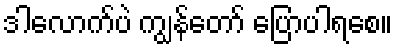
ဒါလောက်ပဲ ကျွန်တော် ပြောပါရစေ။